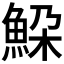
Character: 𩶹